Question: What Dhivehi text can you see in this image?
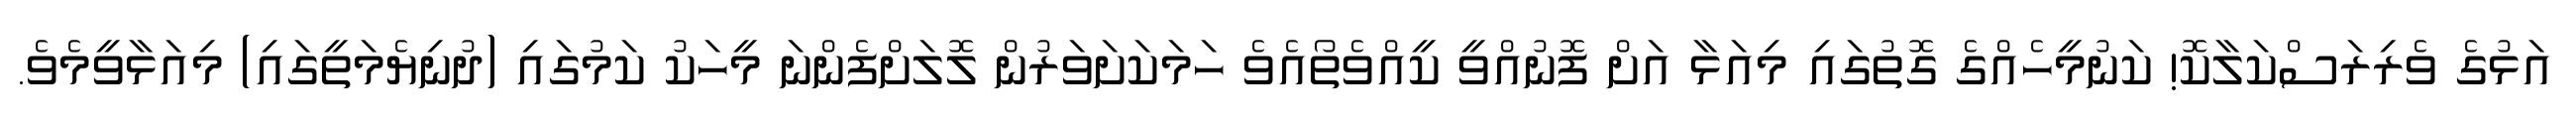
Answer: އަޅުގެ ވެރިރަސްކަލާކޮ! ކަނުމީހެއްގެ ގޮތުގައި މިއަޅާ އަށް ފޮނުއްވީ ކީއްވެތޯއެވެ ހަމަކަށަވަރުން ލޮލަށްފެންނަ މީހަކު ކަމުގައި (ދުނިޔެމަތީގައި) މިއަޅާވީމެވެ.